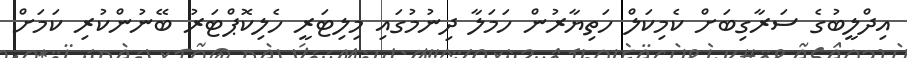
އިދްލީބުގެ ސަރާގިބަށް ކެމިކަލް ހަތިޔާރުން ހަމަލާ ދިނުމުގައި މިލިޓަރީ ހެލިކޮޕްޓަރު ބޭނުންކުރި ކަމަށް